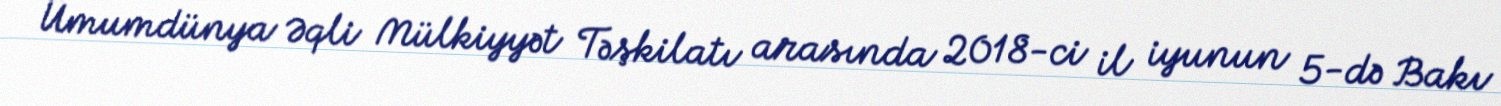
Ümumdünya Əqli Mülkiyyət Təşkilatı arasında 2018-ci il iyunun 5-də Bakı